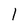
Character: 1